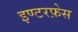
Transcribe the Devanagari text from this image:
इण्टरफ़ेस